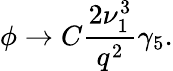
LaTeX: \phi\rightarrow C\frac{2\nu_{1}^{3}}{q^{2}}\gamma_{5}.